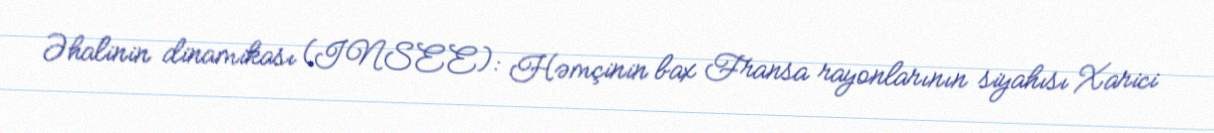
Əhalinin dinamikası (INSEE): Həmçinin bax Fransa rayonlarının siyahısı Xarici